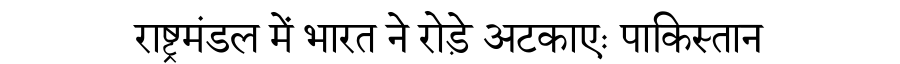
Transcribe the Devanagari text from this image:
राष्ट्रमंडल में भारत ने रोड़े अटकाएः पाकिस्तान